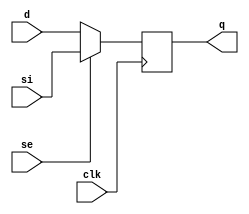
// This program was cloned from: https://github.com/siliconcompiler/lambdalib
// License: MIT License

//#############################################################################
//# Function: Positive edge-triggered static D-type flop-flop with scan input #
//#                                                                           #
//# Copyright: Lambda Project Authors. All rights Reserved.                   #
//# License:  MIT (see LICENSE file in Lambda repository)                     #
//#############################################################################

module la_sdffq #(
    parameter PROP = "DEFAULT"
) (
    input      d,
    input      si,
    input      se,
    input      clk,
    output reg q
);

    always @(posedge clk) q <= se ? si : d;

endmodule